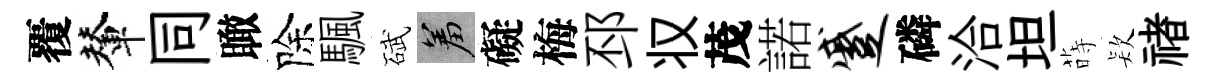
覆輦同瞰除颿碔羞礙梅邳𠬧茂諾蹙磷洽坦蒔𣣇禇